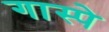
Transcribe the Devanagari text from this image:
गास्पे